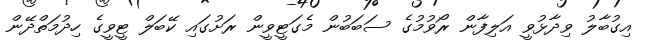
އިގުބާލު ވިދާޅުވީ އަލިފާން ރޯވުމުގެ ސަބަބުން މެގަޓީވީން ރަށުގައި ކޭބަލް ޓީވީގެ ހިދުމަތްދޭން